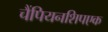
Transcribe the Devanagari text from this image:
चैंपियनशिपएक